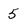
Character: 5